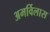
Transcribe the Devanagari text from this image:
अमर्विलास